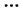
...